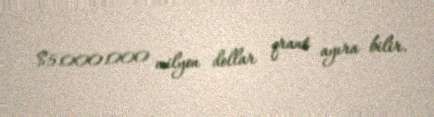
$5.000.000 milyon dollar qrant ayıra bilir.